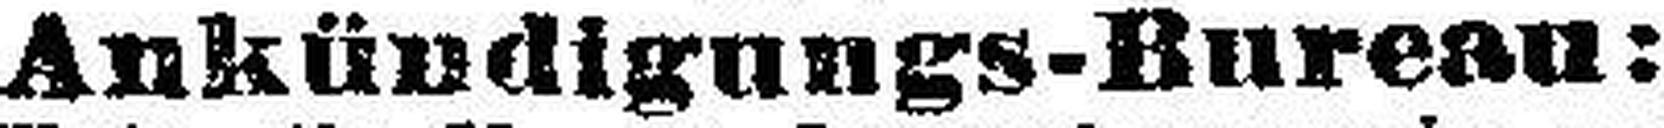
Ankündigungs-Bureau: